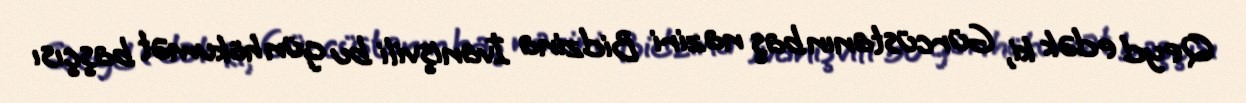
Qeyd edək ki, Gürcüstanın baş naziri Bidzina İvanişvili bu gün hökumət başçısı